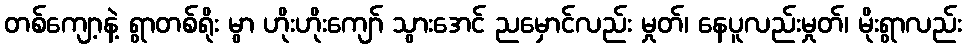
တစ်ကျော့နဲ့ ရွာတစ်ရိုး မွာ ဟိုးဟိုးကျော် သွားအေင် ညမှောင်လည်း မှုတ်၊ နေပူလည်းမှုတ်၊ မိုးရွာလည်း